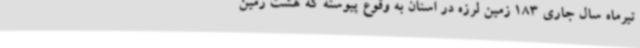
تیرماه سال جاری 183 زمین لرزه در استان به وقوع پیوسته که هشت زمین